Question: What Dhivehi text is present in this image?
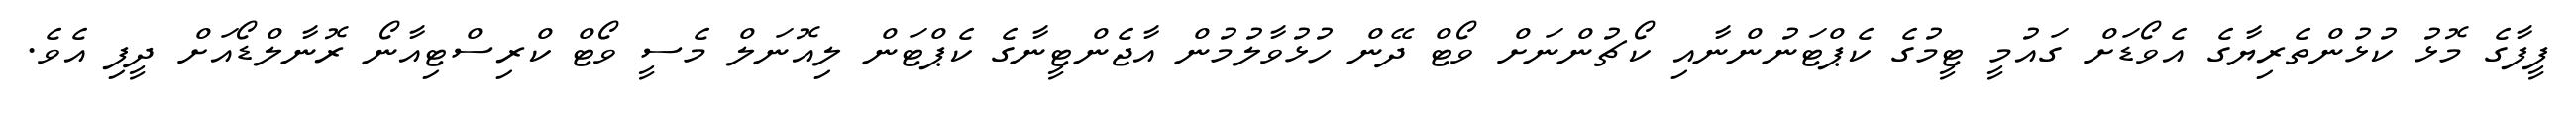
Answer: ފީފާގެ މޮޅު ކުޅުންތެރިޔާގެ އެވޯޑަށް ގައުމީ ޓީމުގެ ކެޕްޓަނުންނާއި ކޯޗުންނަށް ވޯޓް ދޭން ހުޅުވާލުމުން އާޖެންޓީނާގެ ކެޕްޓަން ލިއޮނަލް މެސީ ވޯޓް ކްރިސްޓިއާނޯ ރޮނާލްޑޯއަށް ދީފި އެވެ.